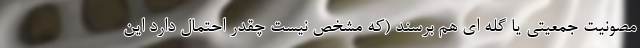
مصونیت جمعیتی یا گله ای هم برسند (که مشخص نیست چقدر احتمال دارد این